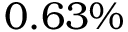
0 . 6 3 \%